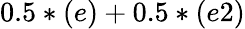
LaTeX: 0.5*(e)+0.5*(e2)